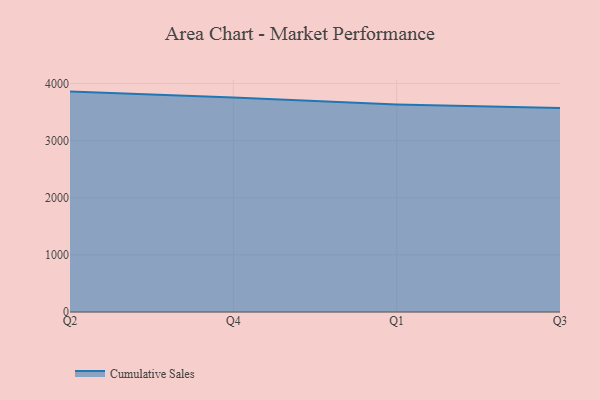
{"axis": {"x": "Quarter", "y": "Conversion Rate (%)"}, "legend": ["Cumulative Sales"], "data": [{"x": "Q2", "y": 3858.0, "type": "Cumulative Sales"}, {"x": "Q4", "y": 3756.5, "type": "Cumulative Sales"}, {"x": "Q1", "y": 3632.6, "type": "Cumulative Sales"}, {"x": "Q3", "y": 3570.6, "type": "Cumulative Sales"}]}